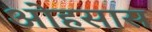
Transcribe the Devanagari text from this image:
ओहसास